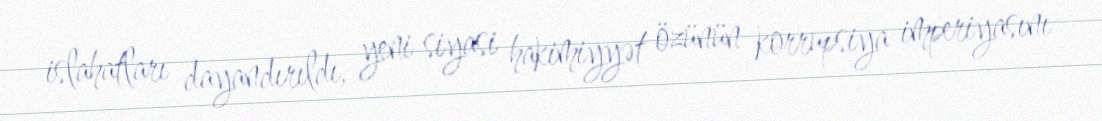
islahatları dayandırıldı, yeni siyasi hakimiyyət özünün korrupsiya imperiyasını